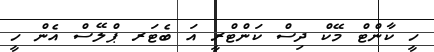
ހީ ކާންޓް މޭކް ދިސް ކަންޓްރީ އަ ބެޓަރ ޕްލޭސް އެން ހީ